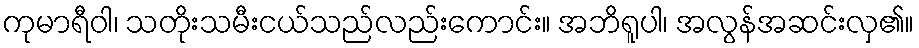
ကုမာရီဝါ၊ သတိုးသမီးငယ်သည်လည်းကောင်း။ အဘိရူပါ၊ အလွန်အဆင်းလှ၏။